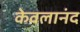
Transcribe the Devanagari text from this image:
केवलानंद